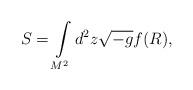
LaTeX: \begin{align*}S=\int\limits_{M^2}^{}d^2 z \sqrt{-g} f(R),\end{align*}